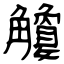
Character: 觼